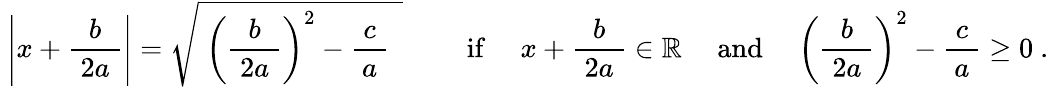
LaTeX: \ {\Biggl|}x+{\frac{b}{\ 2a\ }}{\Biggr|}={\sqrt{\ \left({\frac{b}{\ 2a\ }}\right)^{2}-{\frac{\ c\ }{a}}~~}}\qquad\mathrm{~if~}\quad x+{\frac{b}{\ 2a\ }}\in\mathbb{R}\quad\mathrm{~and~}\quad\left({\frac{b}{\ 2a\ }}\right)^{2}-{\frac{\ c\ }{a}}\geq 0~.